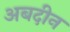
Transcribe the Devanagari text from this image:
अबदीन